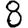
Digit: 8